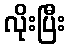
လိုးပြီး